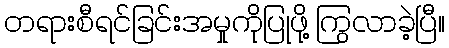
တရားစီရင်ခြင်းအမှုကိုပြုဖို့ ကြွလာခဲ့ပြီ။